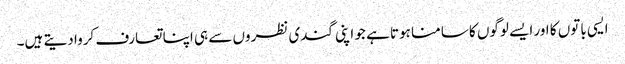
ایسی باتوں کا اور ایسے لوگوں کا سامنا ہوتا ہے جو اپنی گندی نظروں سے ہی اپنا تعارف کروا دیتے ہیں۔